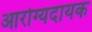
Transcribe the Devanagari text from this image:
आरोग्यदायक